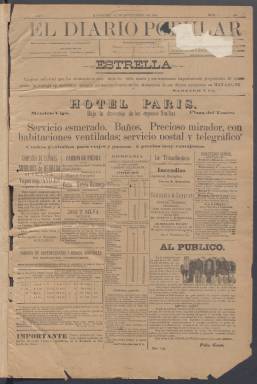
Título: El Diario popular (Mayagüez)
Colección: Periódicos
Ámbito geográfico: Puerto Rico
Lugar de publicación: Mayagüez
Fechas: 11/09/1894-08/02/1895